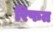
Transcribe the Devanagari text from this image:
रिफत